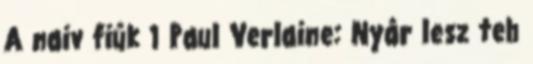
A naiv fiúk 1 Paul Verlaine: Nyár lesz teh